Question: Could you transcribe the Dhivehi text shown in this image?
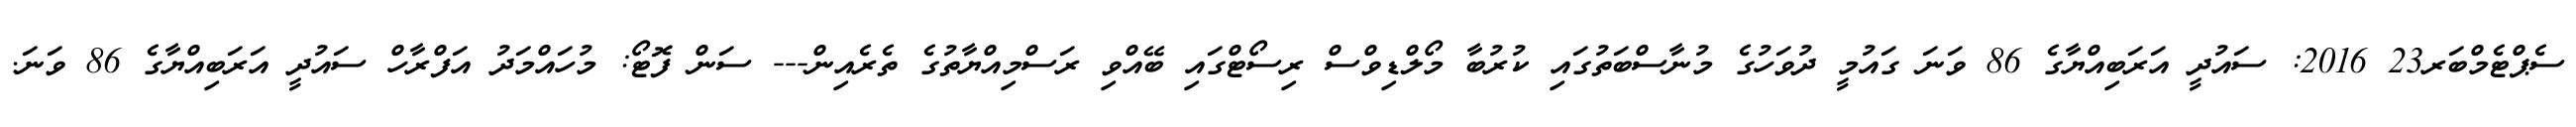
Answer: ސެޕްޓެމްބަރ23 2016: ސައުދީ އަރަބިއްޔާގެ 86 ވަނަ ގައުމީ ދުވަހުގެ މުނާސްބަތުގައި ކުރުބާ މޯލްޑިވްސް ރިސޯޓްގައި ބޭއްވި ރަސްމިއްޔާތުގެ ތެރެއިން--- ސަން ފޮޓޯ: މުހައްމަދު އަފްރާހް ސައުދީ އަރަބިއްޔާގެ 86 ވަނަ.